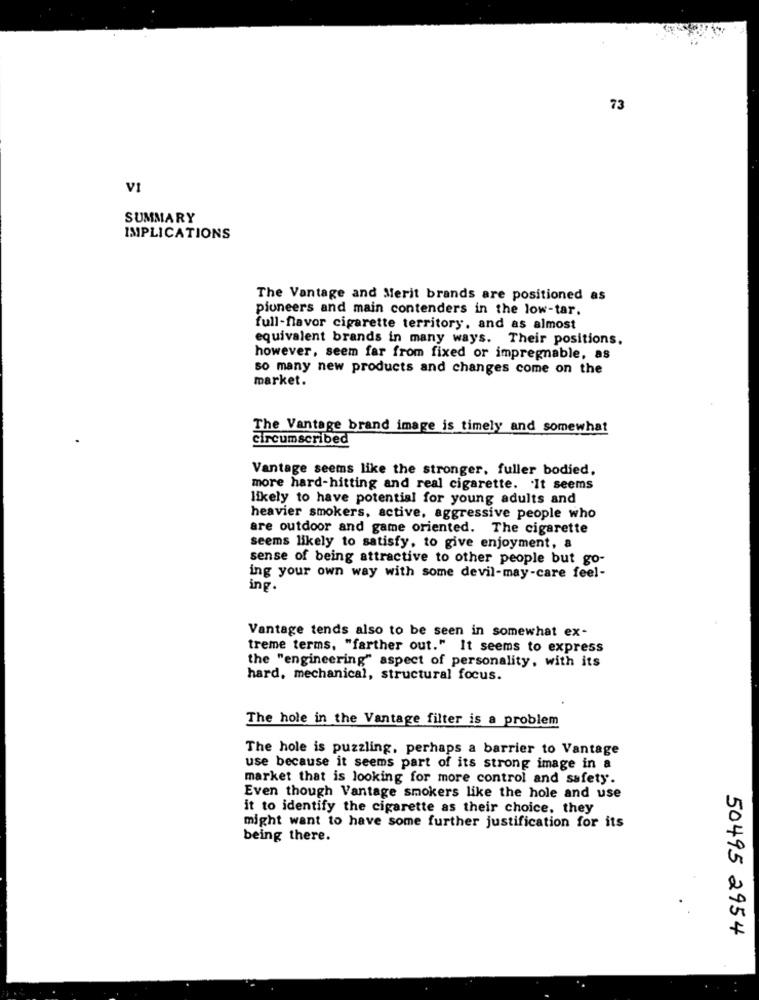
73
VI
SUMMARY
IMPLICATIONS
The Vantage and Merit brands are positioned as
pioneers and main contenders in the low-tar.
full-flavor cigarette territory, and as almost
equivalent brands in many ways. Their positions.
however, seem far from fixed or impregnable, as
so many new products and changes come on the
market.
The Vantage brand image is timely and somewhat
circumscribed
Vantage seems like the stronger, fuller bodied.
more hard-hitting and real cigarette. It seems
likely to have potential for young adults and
heavier smokers, active, aggressive people who
are outdoor and game oriented. The cigarette
seems likely to satisfy, to give enjoyment, a
sense of being attractive to other people but go-
ing your own way with some devil-may-care feel-
ing.
Vantage tends also to be seen in somewhat ex-
treme terms, "farther out." It seems to express
the "engineering" aspect of personality, with its
hard, mechanical, structural focus.
The hole in the Vantage filter is a problem
The hole is puzzling, perhaps a barrier to Vantage
use because it seems part of its strong image in a
market that is looking for more control and safety.
Even though Vantage smokers like the hole and use
it to identify the cigarette as their choice, they
might want to have some further justification for its
being there.
50495 2954